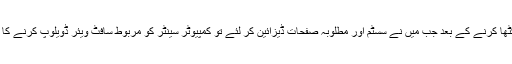
تمام کوائف اکٹھا کرنے کے بعد جب میں نے سسٹم اور مطلوبہ صفحات ڈیزائین کر لئے تو کمپیوٹر سینٹر کو مربوط سافٹ ویئر ڈویلوپ کرنے کا حکم دلوا دیا ۔